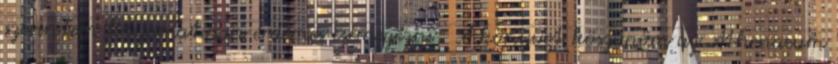
szerintem folyamatosan érdemes csemegézni. A könyvet köszönöm az Athenaeum